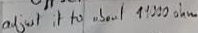
Text: adjust it to about 19000ohm